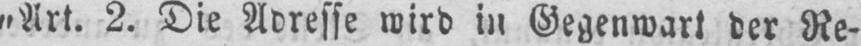
„Art. 2. Die Adresse wird in Gegenwart der Re-